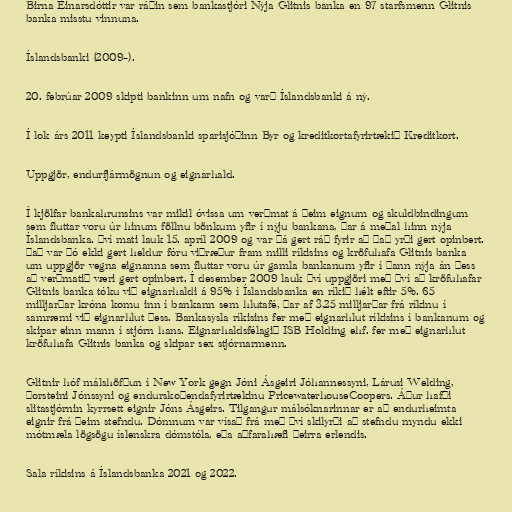
Birna Einarsdóttir var ráðin sem bankastjóri Nýja Glitnis banka en 97 starfsmenn Glitnis
banka misstu vinnuna.

Íslandsbanki (2009–).

20. febrúar 2009 skipti bankinn um nafn og varð Íslandsbanki á ný.

Í lok árs 2011 keypti Íslandsbanki sparisjóðinn Byr og kreditkortafyrirtækið Kreditkort.

Uppgjör, endurfjármögnun og eignarhald.

Í kjölfar bankahrunsins var mikil óvissa um verðmat á þeim eignum og skuldbindingum
sem fluttar voru úr hinum föllnu bönkum yfir í nýju bankana, þar á meðal hinn nýja
Íslandsbanka. Því mati lauk 15. apríl 2009 og var þá gert ráð fyrir að það yrði gert opinbert.
Það var þó ekki gert heldur fóru viðræður fram milli ríkisins og kröfuhafa Glitnis banka
um uppgjör vegna eignanna sem fluttar voru úr gamla bankanum yfir í þann nýja án þess
að verðmatið væri gert opinbert. Í desember 2009 lauk því uppgjöri með því að kröfuhafar
Glitnis banka tóku við eignarhaldi á 95% í Íslandsbanka en ríkið hélt eftir 5%. 65
milljarðar króna komu inn í bankann sem hlutafé, þar af 3,25 milljarðar frá ríkinu í
samræmi við eignarhlut þess. Bankasýsla ríkisins fer með eignarhlut ríkisins í bankanum og
skipar einn mann í stjórn hans. Eignarhaldsfélagið ISB Holding ehf. fer með eignarhlut
kröfuhafa Glitnis banka og skipar sex stjórnarmenn.

Glitnir hóf málshöfðun í New York gegn Jóni Ásgeiri Jóhannessyni, Lárusi Welding,
Þorsteini Jónssyni og endurskoðendafyrirtækinu PricewaterhouseCoopers. Áður hafði
slitastjórnin kyrrsett eignir Jóns Ásgeirs. Tilgangur málsóknarinnar er að endurheimta
eignir frá þeim stefndu. Dómnum var vísað frá með því skilyrði að stefndu myndu ekki
mótmæla lögsögu íslenskra dómstóla, eða aðfarahæfi þeirra erlendis.

Sala ríkisins á Íslandsbanka 2021 og 2022.